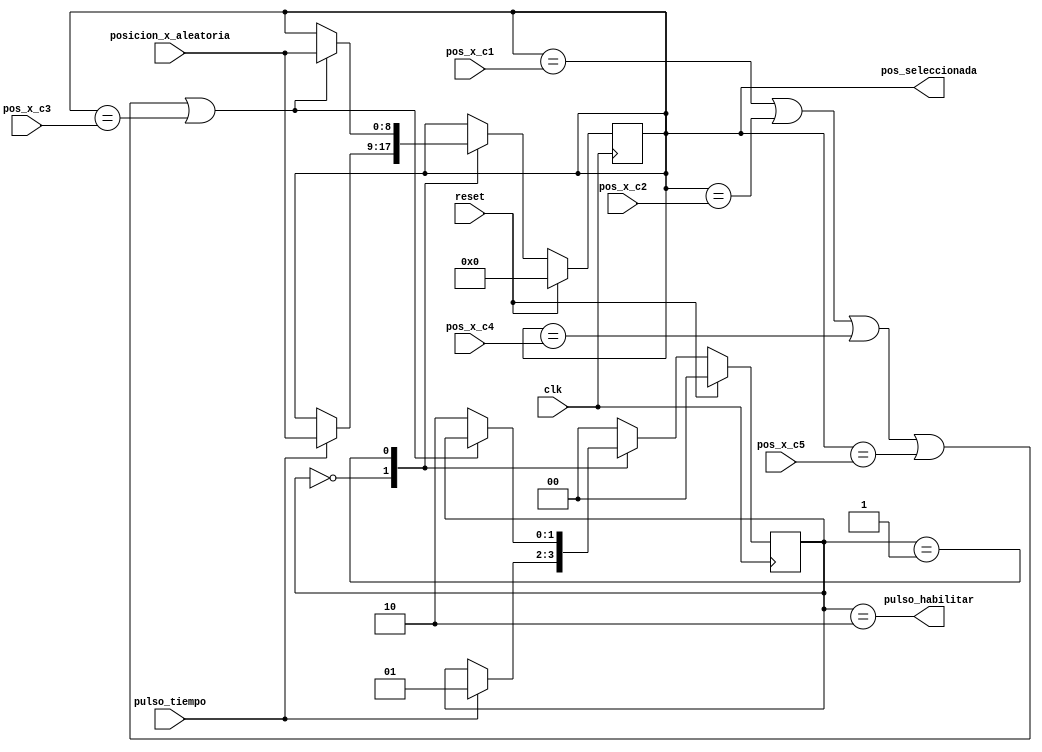
`timescale 1ns / 1ps

module control_posiciones(
    input clk,
    input reset,
    input pulso_tiempo,
    input [8:0] posicion_x_aleatoria,
    input [8:0] pos_x_c1,
    input [8:0] pos_x_c2,
    input [8:0] pos_x_c3,
    input [8:0] pos_x_c4,
    input [8:0] pos_x_c5,
    output [8:0] pos_seleccionada,
    output pulso_habilitar
    );

	localparam E_ESPERA = 0,
					E_VERIFICACION = 1,
					E_HABILITADO = 2;
					
	reg [1:0] e_actual, e_siguiente;
	reg [8:0] posicion_x_reg, posicion_x_buff;
	
	always @(posedge clk)
		begin
			if(reset)
				begin
					e_actual <= E_ESPERA;
					posicion_x_reg <= 9'b0;
				end
			else
				begin
					e_actual <= e_siguiente;
					posicion_x_reg <= posicion_x_buff;
				end
		end
		
	always @(*)
		begin
			e_siguiente = e_actual;
			posicion_x_buff = posicion_x_reg;
			
			case(e_actual)
				E_ESPERA:
					begin
						if(pulso_tiempo)
							begin
								e_siguiente = E_VERIFICACION;
								posicion_x_buff = posicion_x_aleatoria;
							end
					end
				E_VERIFICACION:
					begin
						if(posicion_x_reg == pos_x_c1 ||
							posicion_x_reg == pos_x_c2 ||
							posicion_x_reg == pos_x_c4 ||
							posicion_x_reg == pos_x_c5 ||
							posicion_x_reg == pos_x_c3)
							begin
								posicion_x_buff = posicion_x_aleatoria;								
							end
						else
							begin
								e_siguiente = E_HABILITADO;
							end
					end
				E_HABILITADO:
					begin
						e_siguiente = E_ESPERA;
					end
				default:
					e_siguiente = E_ESPERA;
			endcase
		end

	assign pos_seleccionada = posicion_x_reg;
	assign pulso_habilitar = e_actual == E_HABILITADO;

endmodule